Report of the Municipal Commissioner on the plague in Bombay for the year ending 31st May... - Volume 2
Disease focus: Plague
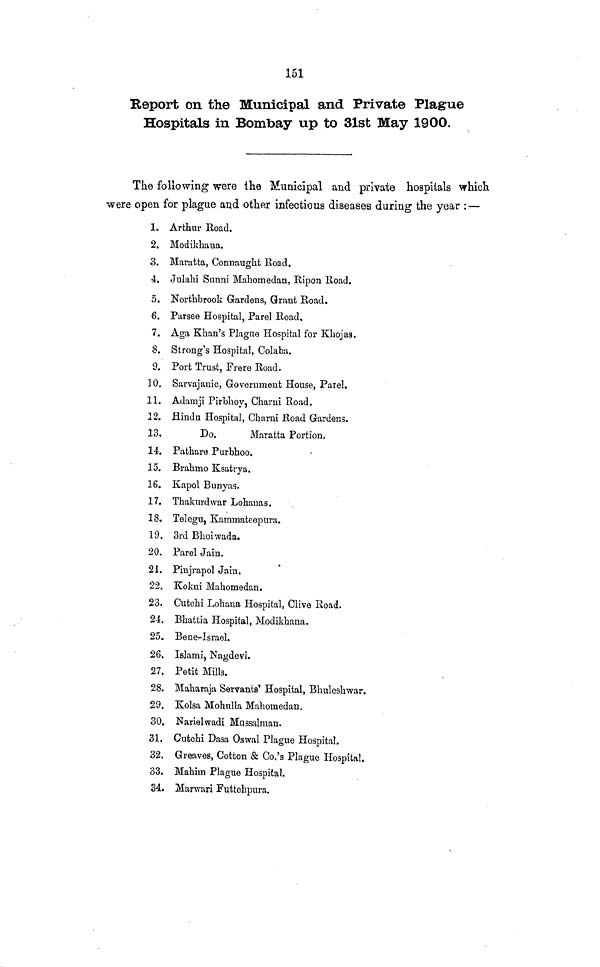
151
Report on the Municipal and Private Plague
Hospitals in Bombay up to 31st May 1900.
The following were the Municipal and private hospitals which
were open for plague and other infectious diseases during the year : —
1. Arthur Road.
2. Modikhaua.
3. Maratta, Connaught Road.
4. Julahi Sunni Mahomedan, Ripon Road.
5. Northbrook Gardens, Grant Road.
6. Parsee Hospital, Parel Road,
7. Aga Khan's Plague Hospital for Khojaa.
S. Strong's Hospital, Colaba.
9. Port Trust, Frere Road.
10. Sarvajanic, Government House, Parel.
11. Adaraji Pirbhoy, Charm Road.
12. Hindu Hospital, Charni Road Gardens.
13.
Do.
Maratta Portion.
14. Pathare Purbhoo.
15. Brahmo Ksatrya.
16. Kapol Bunyas.
17. Thakurdwar Lohanas.
18. Telegu, Kammateepura.
19. 3rd Bhoiwada.
20. Parel Jain.
21. Pinjrapol Jain.
22. Kokui Mahomedan.
23. Cutchi Lohana Hospital, Clive Road.
24. Bhattia Hospital, Modikhana.
25. Bene-Israel.
26. Islami, Nagdevi.
27. Petit Mills.
28. Maharaja Servants' Hospital, Bhuleshwar.
29. Kolsa Mohulla Mahomedan.
30. Narielwadi Massalman.
31. Cutchi Dasa Oswal Plague Hospital.
32. Greaves, Cotton & Co.'s Plague Hospital.
33. Mahiin Plague Hospital.
34. Manvari Futtehpura,